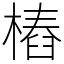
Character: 樁